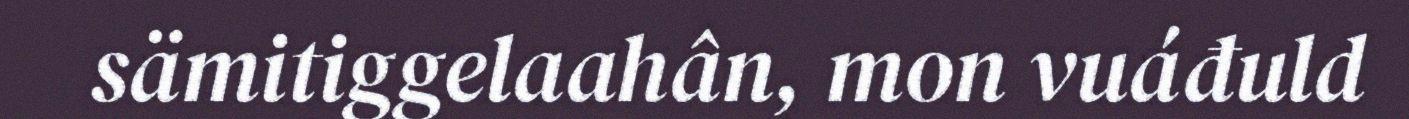
sämitiggelaahân, mon vuáđuld